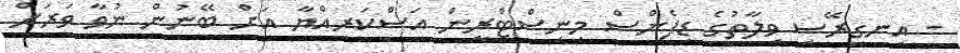
- އިނގިރޭސި ވިލާތުގެ ޑިފެންސް މިނިސްޓްރީން އަސްކަރިއްޔާ އަށް ބޭނުން ނުވާ ވަރަށް